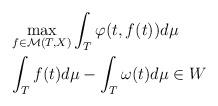
LaTeX: \begin{align*}\begin{aligned}& \max_{f\in \mathcal{M}(T,X)}\int_T\varphi(t,f(t))d\mu \\& \int_Tf(t)d\mu-\int_T\omega(t)d\mu\in W\end{aligned}\end{align*}